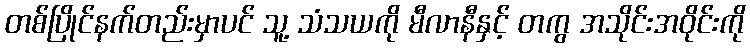
တစ်ပြိုင်နက်တည်းမှာပင် သူ့ သံသယကို မီလာနီနှင့် တကွ အသိုင်းအဝိုင်းကို